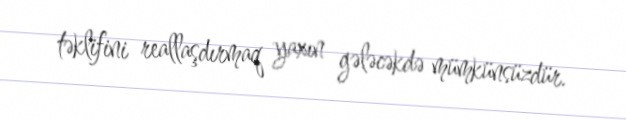
təklifini reallaşdırmaq yaxın gələcəkdə mümkünsüzdür.